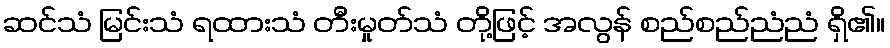
ဆင်သံ မြင်းသံ ရထားသံ တီးမှုတ်သံ တို့ဖြင့် အလွန် စည်စည်ညံညံ ရှိ၏။